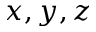
x , y , z